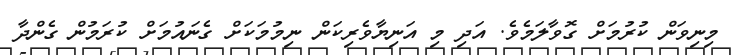
މިނިވަން ކުރުމަށް ގޮވާލަމެވެ. އަދި މި އަނިޔާވެރިކަން ނިމުމަކަށް ގެނައުމަށް ކުރަމުން ގެންދާ